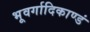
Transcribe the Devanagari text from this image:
भूवर्गादिकाण्डं